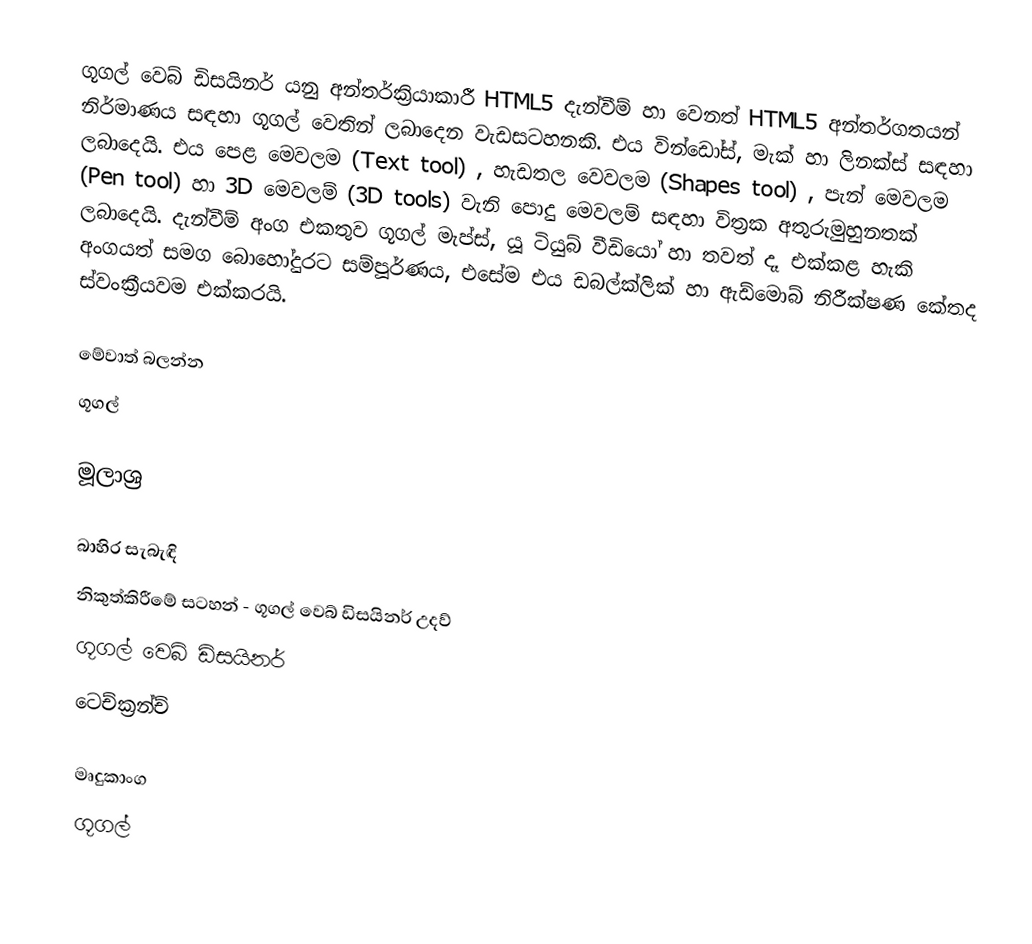
ගූගල් වෙබ් ඩිසයිනර් යනු අන්තර්ක්‍රියාකාරී HTML5 දැන්වීම් හා වෙනත් HTML5 අන්තර්ගතයන් නිර්මාණය සඳහා ගූගල් වෙතින් ලබාදෙන වැඩසටහනකි. එය වින්ඩෝස්, මැක් හා ලිනක්ස් සඳහා ලබාදෙයි. එය පෙළ මෙවලම (Text tool) , හැඩතල වෙවලම (Shapes tool) , පැන් මෙවලම (Pen tool) හා 3D මෙවලම් (3D tools) වැනි පොදු මෙවලම් සඳහා විත්‍රක අතුරුමුහුනතක් ලබාදෙයි. දැන්වීම් අංග එකතුව ගූගල් මැප්ස්, යූ ටියුබ් වීඩියෝ හා තවත් දෑ එක්කළ හැකි අංගයත් සමග බොහෝදුරට සම්පූර්ණය, එසේම එය ඩබල්ක්ලික් හා ඇඩ්මොබ් නිරීක්ෂණ කේතද ස්වංක්‍රීයවම එක්කරයි.

මේවාත් බලන්න
ගූගල්

මූලාශ්‍ර

බාහිර සැබැඳි
නිකුත්කිරීමේ සටහන් - ගූගල් වෙබ් ඩිසයිනර් උදව්
ගූගල් වෙබ් ඩිසයිනර්
ටෙච්ක්‍රන්ච්

මෘදුකාංග
ගූගල්